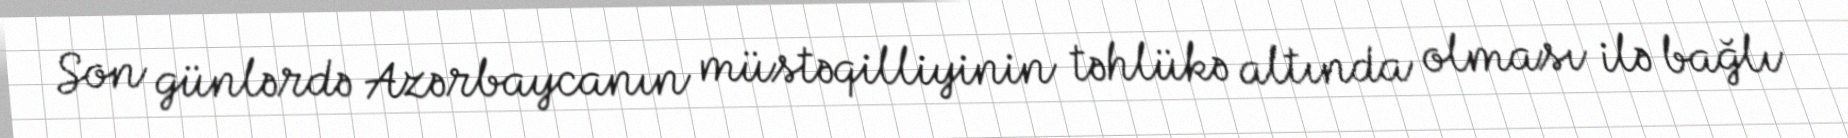
Son günlərdə Azərbaycanın müstəqilliyinin təhlükə altında olması ilə bağlı